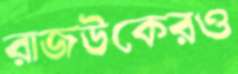
রাজউকেরও